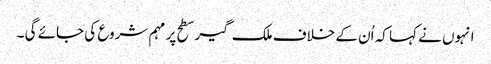
انہوں نے کہا کہ اُن کے خلاف ملک گیر سطح پر مہم شروع کی جائے گی ۔